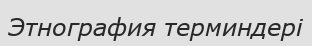
Этнография терминдері